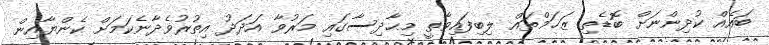
ބައެއް ކުދިންނަށް ބޮޑެތި ޒަޚަމްތައް ލިބިފައިވާތީ މިޙާދިސާގައި މަރުވާ އަދަދު އިތުރުވެދާނެކަމަށް ކެންޔާއިން